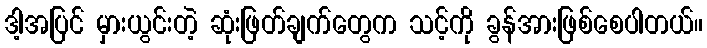
ဒါ့အပြင် မှားယွင်းတဲ့ ဆုံးဖြတ်ချက်တွေက သင့်ကို ခွန်အားဖြစ်စေပါတယ်။